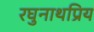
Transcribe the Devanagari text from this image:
रघुनाथप्रिय